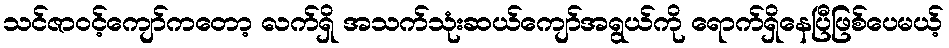
သင်ဇာဝင့်ကျော်ကတော့ လက်ရှိ အသက်သုံးဆယ်ကျော်အရွယ်ကို ရောက်ရှိနေပြီဖြစ်ပေမယ့်